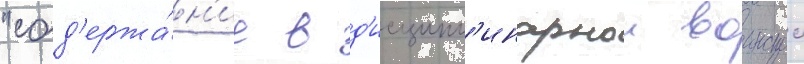
"сод'ержа́н'ие в д'исципл'инарнои воинскои